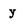
Character: y